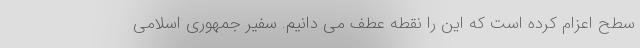
سطح اعزام کرده است که این را نقطه عطف می دانیم. سفیر جمهوری اسلامی